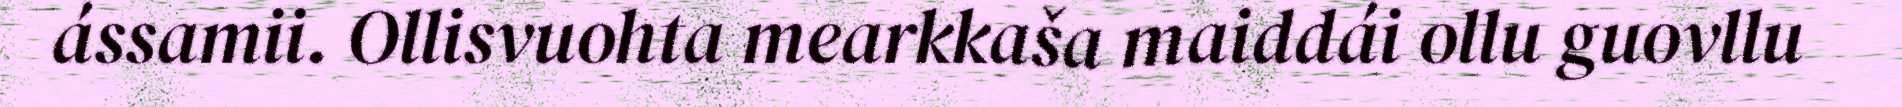
ássamii. Ollisvuohta mearkkaša maiddái ollu guovllu